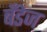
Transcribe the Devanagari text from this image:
बँडेज